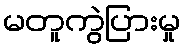
မတူကွဲပြားမှု